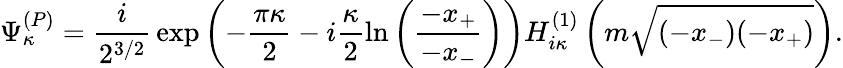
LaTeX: \Psi_{\kappa}^{(P)}=\frac{i}{2^{3/2}}\, \exp\left(-\frac{\pi\kappa}2-i\frac{\kappa}2\ln\left(\frac{-x_{+}}{-x_{-}}\right)\right)H_{i\kappa}^{(1)}\left(m\sqrt{(-x_{-})(-x_{+})}\right).